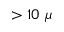
> 1 0 ~ \mu